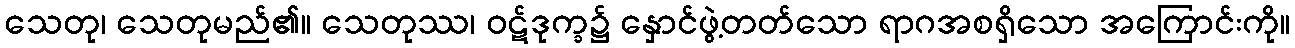
သေတု၊ သေတုမည်၏။ သေတုဿ၊ ဝဋ်ဒုက္ခ၌ နှောင်ဖွဲ့တတ်သော ရာဂအစရှိသော အကြောင်းကို။